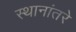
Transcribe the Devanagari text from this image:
स्थानांतरे